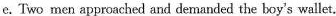
e. Two men approached and demanded the boy's wallet.